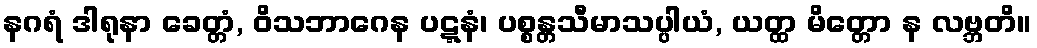
နဂရံ ဒါရုနာ ခေတ္တံ, ဝိသဘာဂေန ပဋ္ဋနံ၊ ပစ္စန္တသီမာသပ္ပါယံ, ယတ္ထ မိတ္တော န လဗ္ဘတိ။